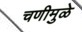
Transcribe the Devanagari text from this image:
चणीमुळे